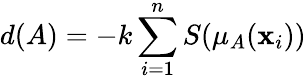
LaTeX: d(A)=-k\sum_{i=1}^{n}S(\mu_{A}(\mathbf{x}_{i}))